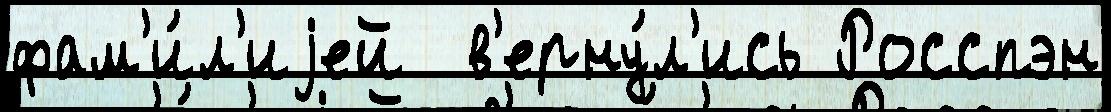
фам'и́л'иjей  в'ерну́л'ись Росспэн